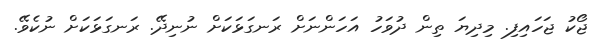
ޖޯކު ޖަހައިިފި. މިދިޔަ ތިން ދުވަހު އަހަންނަށް ރަނގަޅަކަށް ނުނިދޭ. ރަނގަޅަކަށް ނުކެވޭ.